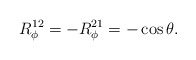
\begin{align*}R^{12}_\phi = - R^{21}_\phi = - \cos \theta.\end{align*}